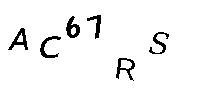
AC67RS